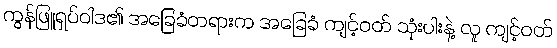
ကွန်ဖြူရှပ်ဝါဒ၏ အခြေခံတရားက အခြေခံ ကျင့်ဝတ် သုံးပါးနဲ့ လူ ကျင့်ဝတ်